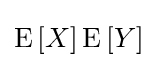
\operatorname {E} \left[X\right]\operatorname {E} \left[Y\right]